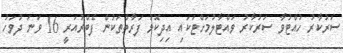
ސަރުކާރު ހުއްޓުވާ ސަރުކާރު ވައްޓާލުމަށްޓަކައި އިދިކޮޅު ފަރާތްތަކުން ފެބްރުއަރީ 16 ވަނަ ދުވަހު